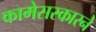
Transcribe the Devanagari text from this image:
कामेसरकारने